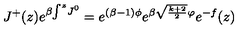
J ^ { + } ( z ) e ^ { \beta \! \int ^ { z } \! J ^ { 0 } } = e ^ { ( \beta - 1 ) \phi } e ^ { \beta \sqrt { \frac { k + 2 } { 2 } } \varphi } e ^ { - f } ( z )